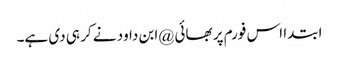
ابتدا اس فورم پر بھائی @ابن داود نے کر ہی دی ہے۔